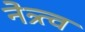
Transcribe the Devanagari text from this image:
नेत्र्त्व